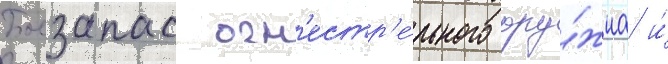
Боезапас огн'естр'е́льного ору́жиа и́